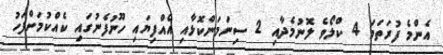
އެންމެ ފުރަތަމަ 4 ކްލޯވެ ލޮނުމެދާއި 2 ސިނަމަންކޮޅާއި އެއްފިޔައި ހޫނުފެނުގައި ކެއްކުމަށްފަހު